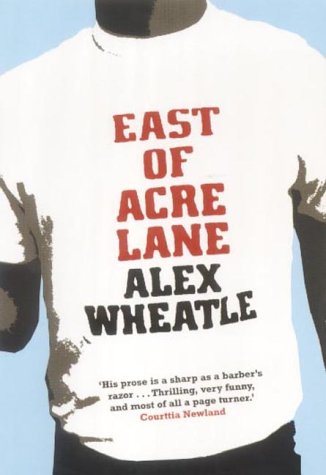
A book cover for East of Acre Lane; Alex Wheatle; Literature & Fiction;